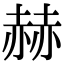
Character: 赫